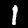
Label: 1